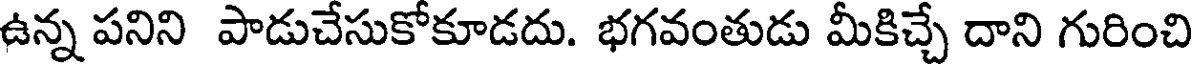
ఉన్న పనిని పాడుచేసుకోకూడదు. భగవంతుడు మీకిచ్చే దాని గురించి